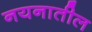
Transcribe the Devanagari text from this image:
नयनातील